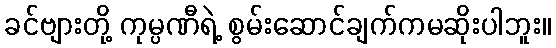
ခင်ဗျားတို့ ကုမ္ပဏီရဲ့ စွမ်းဆောင်ချက်ကမဆိုးပါဘူး။